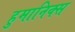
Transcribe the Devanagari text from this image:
हुमानिक्स